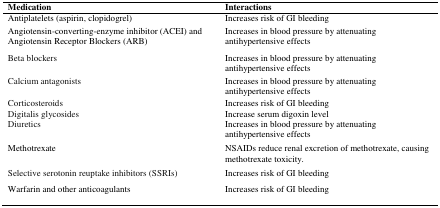
| Medication | Interactions |
 | --- | --- |
 | Antiplatelets (aspirin, clopidogrel) | Increases risk of GI bleeding |
 | Angiotensin-converting-enzyme inhibitor (ACEI) and Angiotensin Receptor Blockers (ARB) | Increases in blood pressure by attenuating antihypertensive effects |
 | Beta blockers | Increases in blood pressure by attenuating antihypertensive effects |
 | Calcium antagonists | Increases in blood pressure by attenuating antihypertensive effects |
 | Corticosteroids | Increases risk of GI bleeding |
 | Digitalis glycosides | Increase serum digoxin level |
 | Diuretics | Increases in blood pressure by attenuating antihypertensive effects |
 | Methotrexate | NSAIDs reduce renal excretion of methotrexate, causing methotrexate toxicity. |
 | Selective serotonin reuptake inhibitors (SSRIs) | Increases risk of GI bleeding |
 | Warfarin and other anticoagulants | Increases risk of GI bleeding |